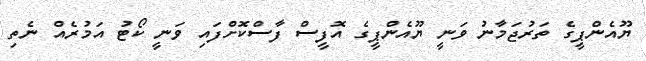
ޔޫއެންޕީގެ ތަރުޖަމާނު ވަނީ ޔޫއެންޕީގެ އޮފީސް ފާސްކޮށްފައި ވަނީ ކޯޓު އަމުރެއް ނެތި